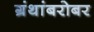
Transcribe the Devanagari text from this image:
ग्रंथांबरोबर